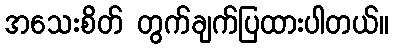
အသေးစိတ် တွက်ချက်ပြထားပါတယ်။